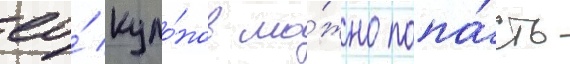
ео́ куло́нов мо́жно попа́сть